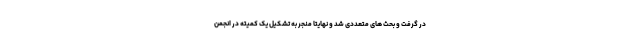
در گرفت و بحث های متعددی شد و نهایتاً منجر به تشکیل یک کمیته در انجمن